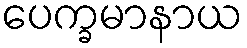
ပေက္ခမာနာယ